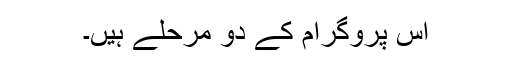
اس پروگرام کے دو مرحلے ہیں۔